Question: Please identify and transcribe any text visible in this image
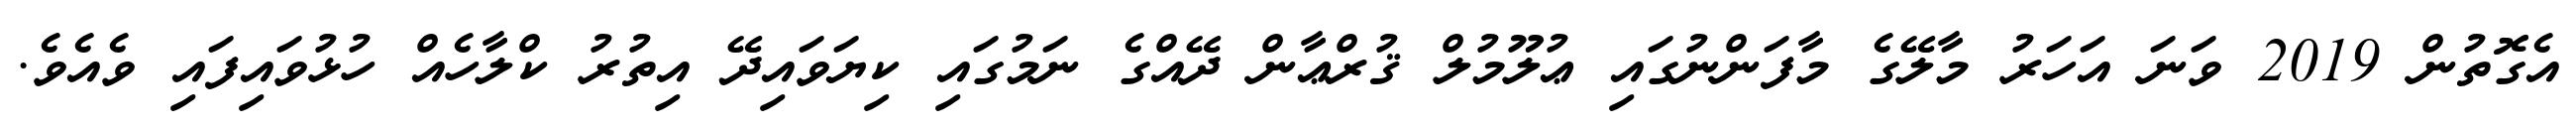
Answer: އެގޮތުން 2019 ވަނަ އަހަރު މާލޭގެ މާފަންނުގައި ޢުލޫމުލް ޤުރްޢާން ދޭއްގެ ނަމުގައި ކިޔަވައިދޭ އިތުރު ކްލާހެއް ހުޅުވައިފައި ވެއެވެ.